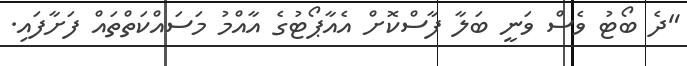
"ދެ ބޯޓު ވެސް ވަނީ ބަލާ ފާސްކޮށް އެއާޕޯޓުގެ އާއްމު މަސައްކަތްތައް ފަށާފައި.